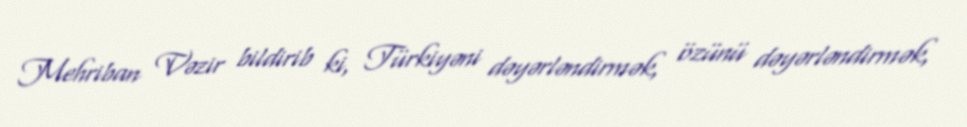
Mehriban Vəzir bildirib ki, Türkiyəni dəyərləndirmək, özünü dəyərləndirmək,